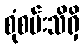
စုံစမ်းသိရှိ